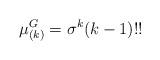
LaTeX: \begin{align*}\mu_{(k)}^{G}=\sigma^{k}(k-1)!! \end{align*}